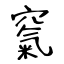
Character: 𥧔